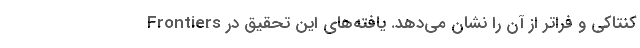
کنتاکی و فراتر از آن را نشان می‌دهد. یافته‌های این تحقیق در Frontiers